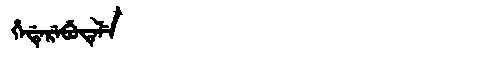
Manchu: ᡥᡝᡩᡝᡵᡝᠪᡠᡨᡝᠯᡝ
Romanization: HEDEREBUTELE